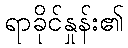
ရာခိုင်နှုန်း၏